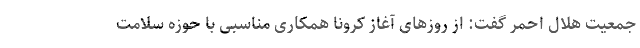
جمعیت هلال احمر گفت: از روزهای آغاز کرونا همکاری مناسبی با حوزه سلامت